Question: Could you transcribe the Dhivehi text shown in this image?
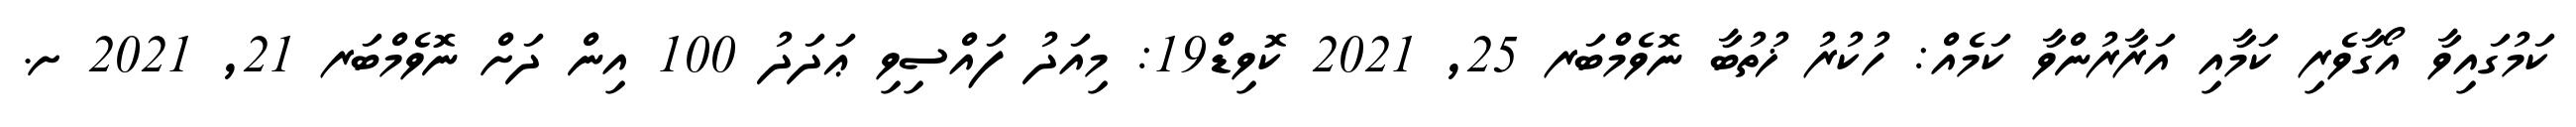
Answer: ކަމުގައިވާ އޯގާވެރި ކަމާއި އަރާރުންވާ ކަމެއް: ހުކުރު ޚުތުބާ ނޮވެމްބަރ 25, 2021 ކޮވިޑް19: މިއަދު ފައްސިވި ޢަދަދު 100 އިން ދަށް ނޮވެމްބަރ 21, 2021 ށ.